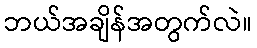
ဘယ်အချိန်အတွက်လဲ။